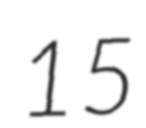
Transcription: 15